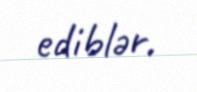
ediblər.